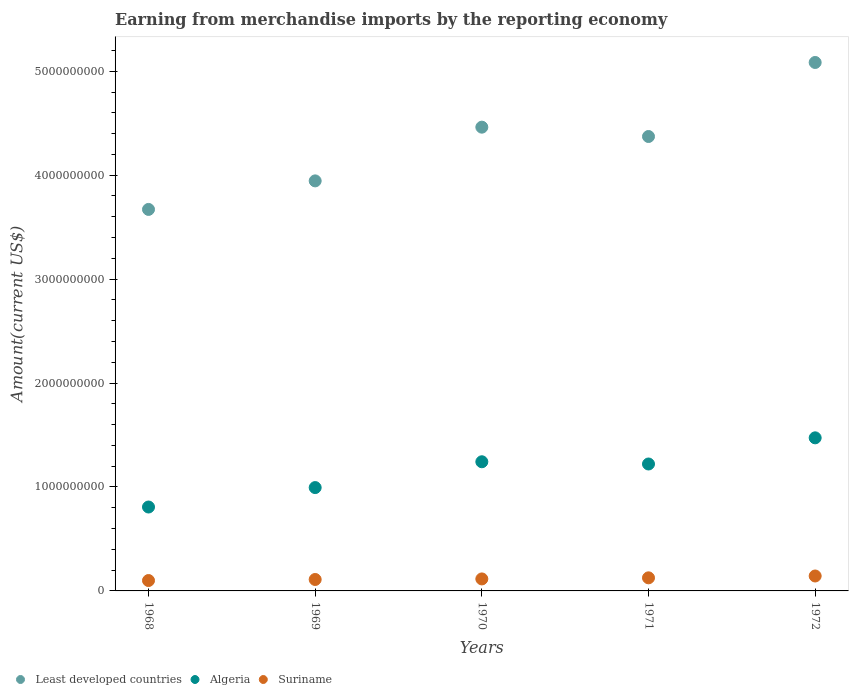
| Years | Least developed countries | Algeria | Suriname |
 | --- | --- | --- | --- |
 | 1968 | 3.67e+09 | 8.07e+08 | 1e+08 |
 | 1969 | 3.95e+09 | 9.94e+08 | 1.1e+08 |
 | 1970 | 4.46e+09 | 1.24e+09 | 1.15e+08 |
 | 1971 | 4.37e+09 | 1.22e+09 | 1.26e+08 |
 | 1972 | 5.08e+09 | 1.47e+09 | 1.44e+08 |